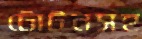
টোটনসহ